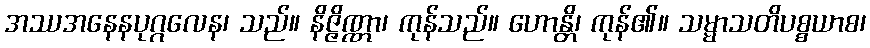
အဿအနေနပုဂ္ဂလေန၊ သည်။ နိဇ္ဇိဏ္ဏာ၊ ကုန်သည်။ ဟောန္တိ၊ ကုန်၏။ သမ္မာသတိပစ္စယာစ၊